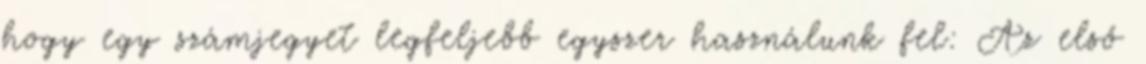
hogy egy számjegyet legfeljebb egyszer használunk fel: Az első